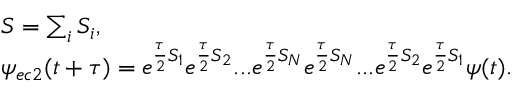
\begin{array} { r l } & { S = \sum _ { i } S _ { i } , } \\ & { \psi _ { e c 2 } ( t + \tau ) = e ^ { \frac { \tau } { 2 } S _ { 1 } } e ^ { \frac { \tau } { 2 } S _ { 2 } } . . . e ^ { \frac { \tau } { 2 } S _ { N } } e ^ { \frac { \tau } { 2 } S _ { N } } . . . e ^ { \frac { \tau } { 2 } S _ { 2 } } e ^ { \frac { \tau } { 2 } S _ { 1 } } \psi ( t ) . } \end{array}